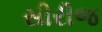
સીરીજ